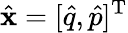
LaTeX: \hat{\textbf{x}}=[\hat{q},\hat{p}]^{\mathrm{T}}